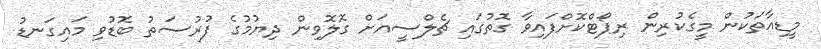
މީޑިއާތަކުން މީގެކުރިން ރިޕޯޓްކޮށްފައިވާ ގޮތުގައި ޗެލްސީއަށް ގޮލޮވިން ދިޔުމުގެ ފުރުސަތު ބޮޑުވި މައިގަނޑު